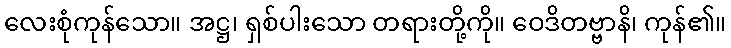
လေးစုံကုန်သော။ အဋ္ဌ၊ ရှစ်ပါးသော တရားတို့ကို။ ဝေဒိတဗ္ဗာနိ၊ ကုန်၏။